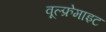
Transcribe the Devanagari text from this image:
वूल्फ्रेमाइट